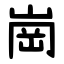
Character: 崗